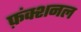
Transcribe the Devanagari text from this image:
फ़ंक्शनल